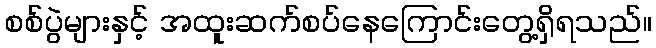
စစ်ပွဲများနှင့် အထူးဆက်စပ်နေကြောင်းတွေ့ရှိရသည်။